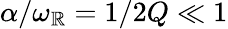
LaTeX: \alpha/\omega_{\mathbb{R}}=1/2Q\ll1